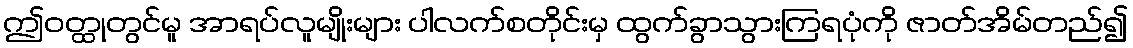
ဤဝတ္ထုတွင်မူ အာရပ်လူမျိုးများ ပါလက်စတိုင်းမှ ထွက်ခွာသွားကြရပုံကို ဇာတ်အိမ်တည်၍